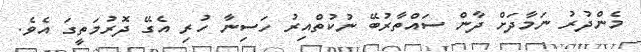
މެންދުރު ނަމާދަށް ދާން ސައްތާރުބޭ ނުކުތްއިރު ހަސިނާ ހުރި އެގޭ ދޮރުމަތީގަ އެވެ.